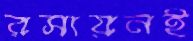
রসায়নই